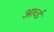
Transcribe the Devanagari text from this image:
आर्च्ड